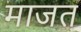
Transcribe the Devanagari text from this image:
माजत